Report of the Imperial Institute of Veterinary Research, Muktesar
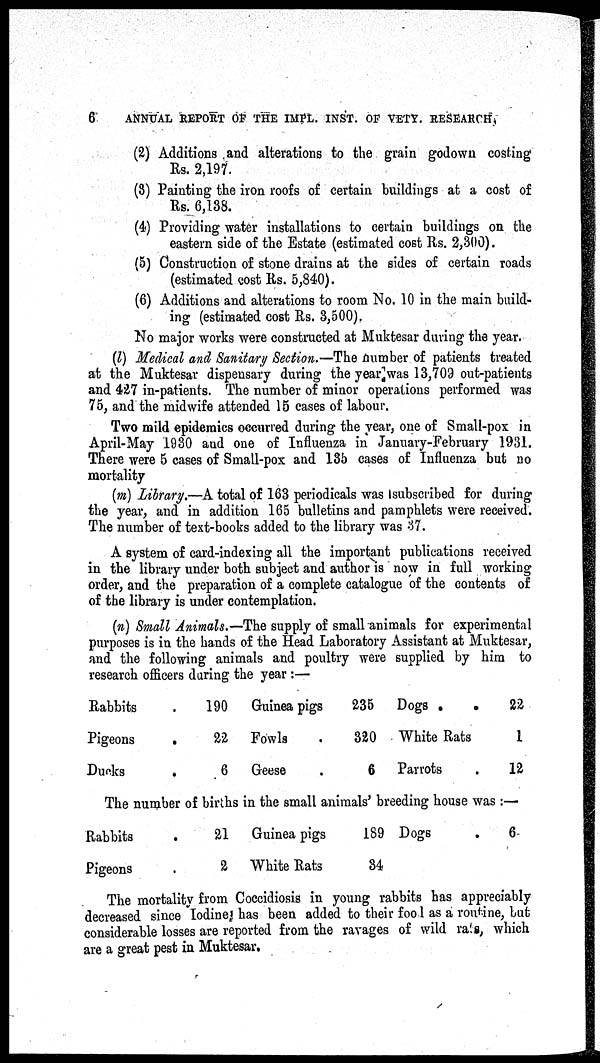
6
ANNUAL REPORT OF THE IMPL. INST. OF VETY. RESEARCH,
(2) Additions and alterations to the grain godown costing
Rs. 2,197.
(3) Painting the iron roofs of certain buildings at a cost of
Rs. 6,138.
(4) Providing water installations to certain buildings on the
eastern side of the Estate (estimated cost Rs. 2,300).
(5) Construction of stone drains at the sides of certain roads
(estimated cost Rs. 5,840).
(6) Additions and alterations to room No. 10 in the main build-
ing (estimated cost Rs. 3,500).
No major works were constructed at Muktesar during the year.
(l) Medical and Sanitary Section.—The number of patients treated
at the Muktesar dispensary during the year was 13,709 out-patients
and 427 in-patients. The number of minor operations performed was
75, and the midwife attended 15 cases of labour.
Two mild epidemics occurred during the year, one of Small-pox in
April-May 1930 and one of Influenza in January-February 1931.
There were 5 cases of Small-pox and 135 cases of Influenza but no
mortality
(m) Library.—A total of 163 periodicals was subscribed for during
the year, and in addition 165 bulletins and pamphlets were received.
The number of text-books added to the library was 37.
A system of card-indexing all the important publications received
in the library under both subject and author is now in full working
order, and the preparation of a complete catalogue of the contents of
of the library is under contemplation.
(n) Small Animals.—The supply of small animals for experimental
purposes is in the hands of the Head Laboratory Assistant at Muktesar,
and the following animals and poultry were supplied by him to
research officers during the year :—
Rabbits
Pigeons
Ducks
.
.
.
190
22
6
Guinea pigs
Fowls
Geese
235 Dogs .
320 White Rats
6 Parrots
22
1
12
The number of births in the small animals' breeding house was :—
Rabbits
Pigeons
.
.
21
2
Guinea pigs
White Rats
189 Dogs
34
6
The mortality from Coccidiosis in young rabbits has appreciably
decreased since Iodine has been added to their fool as a routine, but
considerable losses are reported from the ravages of wild rats, which
are a great pest in Muktesar.